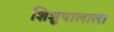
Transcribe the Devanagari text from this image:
शिशुपालाला